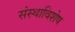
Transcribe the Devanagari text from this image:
संस्थाविशेष